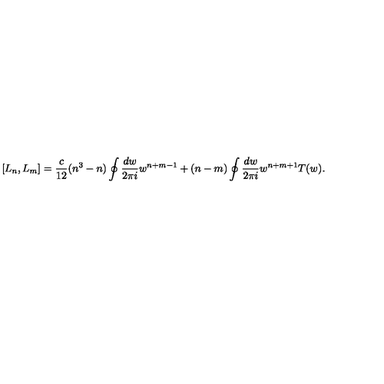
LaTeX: [ L _ { n } , L _ { m } ] = \frac { c } { 1 2 } ( n ^ { 3 } - n ) \oint \frac { d w } { 2 \pi i } w ^ { n + m - 1 } + ( n - m ) \oint \frac { d w } { 2 \pi i } w ^ { n + m + 1 } T ( w ) .